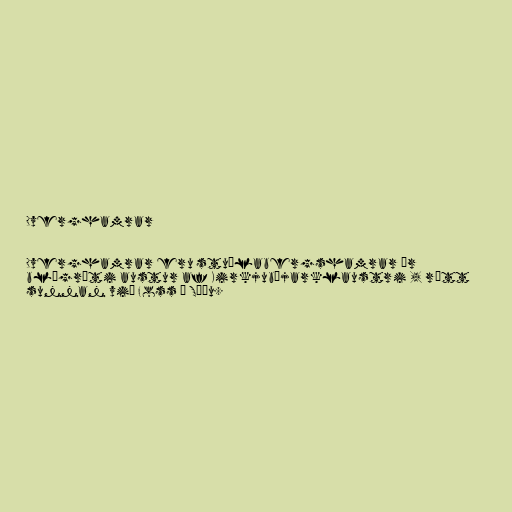
Dverghamrar

Dverghamrar eru stuðlabergshamrar úr
blágrýti austur af Kirkjubæjarklaustri , rétt
sunnan við Foss á Síðu.